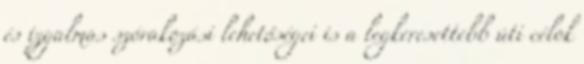
és izgalmas szórakozási lehetőségei is a legkeresettebb úti célok